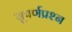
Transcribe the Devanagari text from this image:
सुपर्णप्रश्न